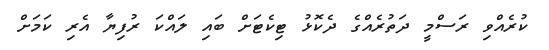
ކުރެއްވި ރަސްމީ ދަތުރެއްގެ ދެކޮޅު ޓިކެޓަށް ބައި ލައްކަ ރުފިޔާ އެރި ކަމަށް